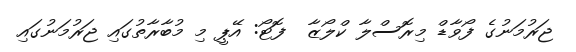
ޖަރުމަނުގެ ފޯވާޑް މިރޮސްލާ ކްލޯޒާ  ފޮޓޯ: އޭޕީ މި މުބާރާތުގައި ޖަރުމަނުގައި